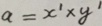
a = x ^ { \prime } \times y ^ { \prime }